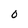
Character: o